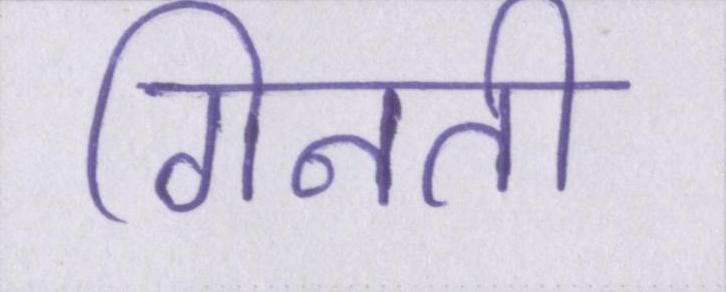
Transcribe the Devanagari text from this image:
गिनती